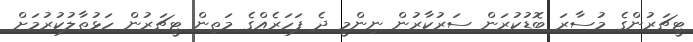
ޓީޗަރުންގެ މުސާރަ ބޮޑުކުރަން ސަރުކާރުން ނިންމީ ދެ ފަހަރެއްގެ މަތިން ޓީޗަރުން ހަޅުތާލުކުރުމަށް